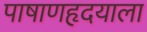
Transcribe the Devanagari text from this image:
पाषाणहृदयाला